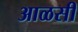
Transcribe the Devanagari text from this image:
आळसी